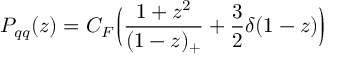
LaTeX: P _ { q q } ( z ) = C _ { F } { \Big \lgroup } { \frac { 1 + z ^ { 2 } } { ( 1 - z ) _ { + } } } + { \frac { 3 } { 2 } } \delta ( 1 - z ) { \Big \rgroup }